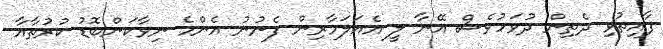
ފާއިތުވި ދެތިން ދުވަހުވެސް އޭނާ ލީ އެއަލަމާރިން ފެނުނު އެންމެ ނިވާކަންބޮޑު ކުރުތާއާ